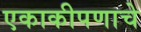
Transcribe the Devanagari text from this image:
एकाकीपणाचे